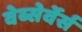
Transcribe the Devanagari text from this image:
वेब्सेर्वेर्स